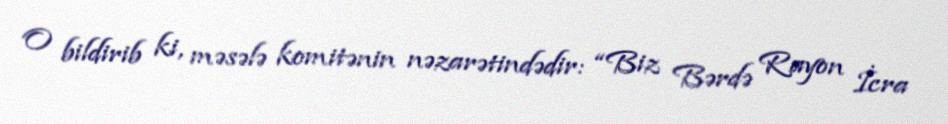
O bildirib ki, məsələ komitənin nəzarətindədir: “Biz Bərdə Rayon İcra